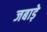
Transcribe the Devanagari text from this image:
जबाड़े